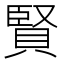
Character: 賢